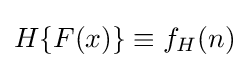
H\{F(x)\}\equiv f_{H}(n)